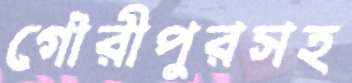
গৌরীপুরসহ